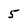
Character: 5